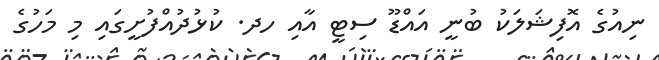
ނިއުގެ އޮފިޝަލަކު ބުނީ އައްޑޫ ސިޓީ އާއި ހދ. ކުޅުދުއްފުށީގައި މި މަހުގެ